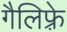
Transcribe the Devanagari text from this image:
गैलिफ़्रे